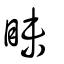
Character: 眛